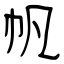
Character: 帆